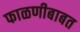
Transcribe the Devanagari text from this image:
फाळणीबाबत